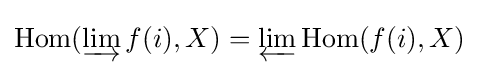
\operatorname {Hom} (\varinjlim f(i),X)=\varprojlim \operatorname {Hom} (f(i),X)